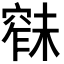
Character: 𱷑